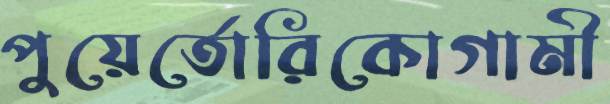
পুয়ের্তোরিকোগামী